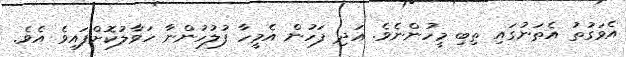
އެވަގުތު އެތަނުގައި ތިބި މީހުންނެވެ. އަދި ފަހުން އެމީހާ ފުލުހުންނާ ހަވާލުކޮށްފައިވެ އެވެ.